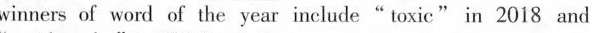
winners of word of the year include "toxic" in 2018 and